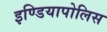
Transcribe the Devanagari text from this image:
इण्डियापोलिस